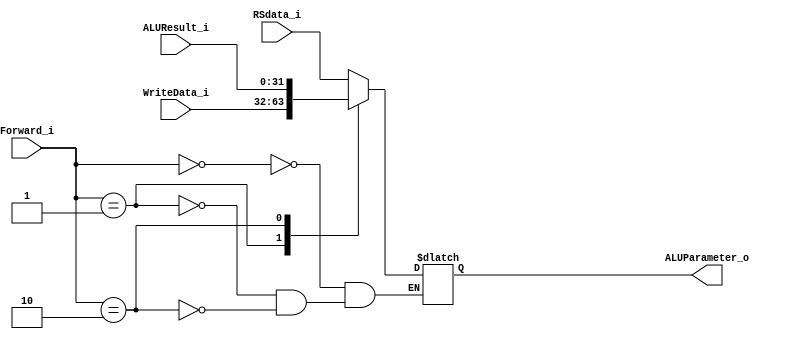
//Done
module MUX2
(
    Forward_i, RSdata_i, ALUResult_i, WriteData_i, ALUParameter_o
);

input [31:0] RSdata_i,WriteData_i, ALUResult_i;
input [1:0] Forward_i;

output [31:0] ALUParameter_o;
reg [31:0] ALUParameter_r;
assign ALUParameter_o=ALUParameter_r;
always @ (*) begin
    case (Forward_i) 
        2'b00: ALUParameter_r=RSdata_i;
        2'b01: ALUParameter_r=WriteData_i;
        2'b10: ALUParameter_r=ALUResult_i;
    endcase
end
endmodule